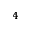
^ 4